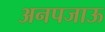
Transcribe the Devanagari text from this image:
अनपजाऊ